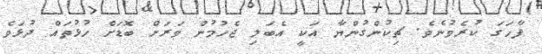
ފާހަގަ ކުރެވުނެވެ. ޗިކުންގުންޔާ އަކީ އެބަލި ޖެހުމުން ވަރަށް ބޮޑަށް ހުޅުތައް ދުޅަވެ